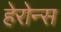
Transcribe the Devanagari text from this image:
हेरोन्स